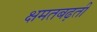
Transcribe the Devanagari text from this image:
क्षमतबढ़ती